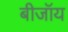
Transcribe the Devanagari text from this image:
बीजॉय